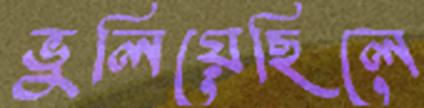
ভুলিয়েছিলে